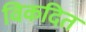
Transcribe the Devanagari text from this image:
विकदित